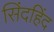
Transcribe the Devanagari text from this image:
सिंदहिंद